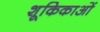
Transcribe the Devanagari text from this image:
शूकिकाओं